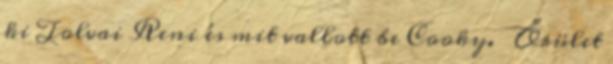
ki Tolvai Reni és mit vallott be Cooky. Őrület